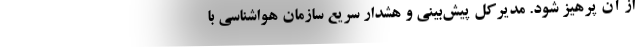
از آن پرهیز شود. مدیرکل پیش‌بینی و هشدار سریع سازمان هواشناسی با